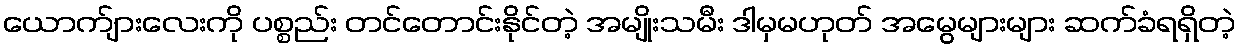
ယောက်ျားလေးကို ပစ္စည်း တင်တောင်းနိုင်တဲ့ အမျိုးသမီး ဒါမှမဟုတ် အမွေများများ ဆက်ခံရရှိတဲ့